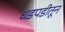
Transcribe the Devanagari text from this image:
धडपडीतून